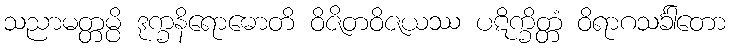
သညာမတ္တမ္ပိ ဒုက္ခနိရောဓောတိ ဝိဇိတဝိဇယဿ ပဋိက္ခိတ္တံ ဝိရာဂသင်္ခါတော